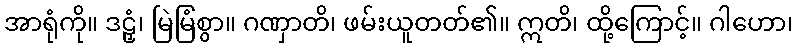
အာရုံကို။ ဒဠှံ၊ မြဲမြံစွာ။ ဂဏှာတိ၊ ဖမ်းယူတတ်၏။ ဣတိ၊ ထို့ကြောင့်။ ဂါဟော၊